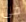
فى